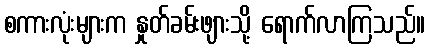
စကားလုံးများက နှုတ်ခမ်းဖျားသို့ ရောက်လာကြသည်။